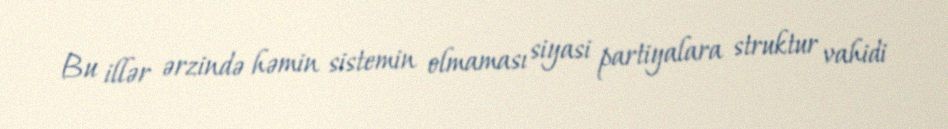
Bu illər ərzində həmin sistemin olmaması siyasi partiyalara struktur vahidi